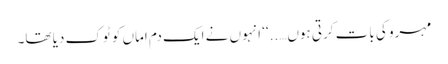
مہرو کی بات کرتی ہوں…..‘‘ انہوں نے ایک دم اماں کو ٹوک دیا تھا۔